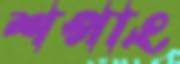
শপাং